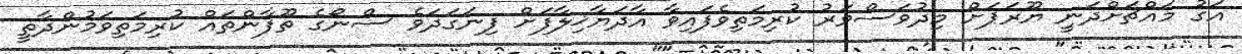
އަގު މައްޗަށްދަނީ ޔޫރަޕަށް މިދުވަސްވަރު ކުރިމަތިވެފައިވާ އާދަޔާޚިލާފަށް ފިނަގަދަވެ ސްނޯގެ ތޫފާންތައް ކުރިމަތިވަމުންދާތީ